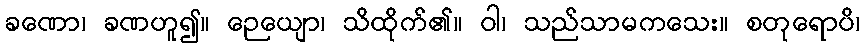
ခဏော၊ ခဏဟူ၍။ ဉေယျော၊ သိထိုက်၏။ ဝါ၊ သည်သာမကသေး။ စတုရောပိ၊